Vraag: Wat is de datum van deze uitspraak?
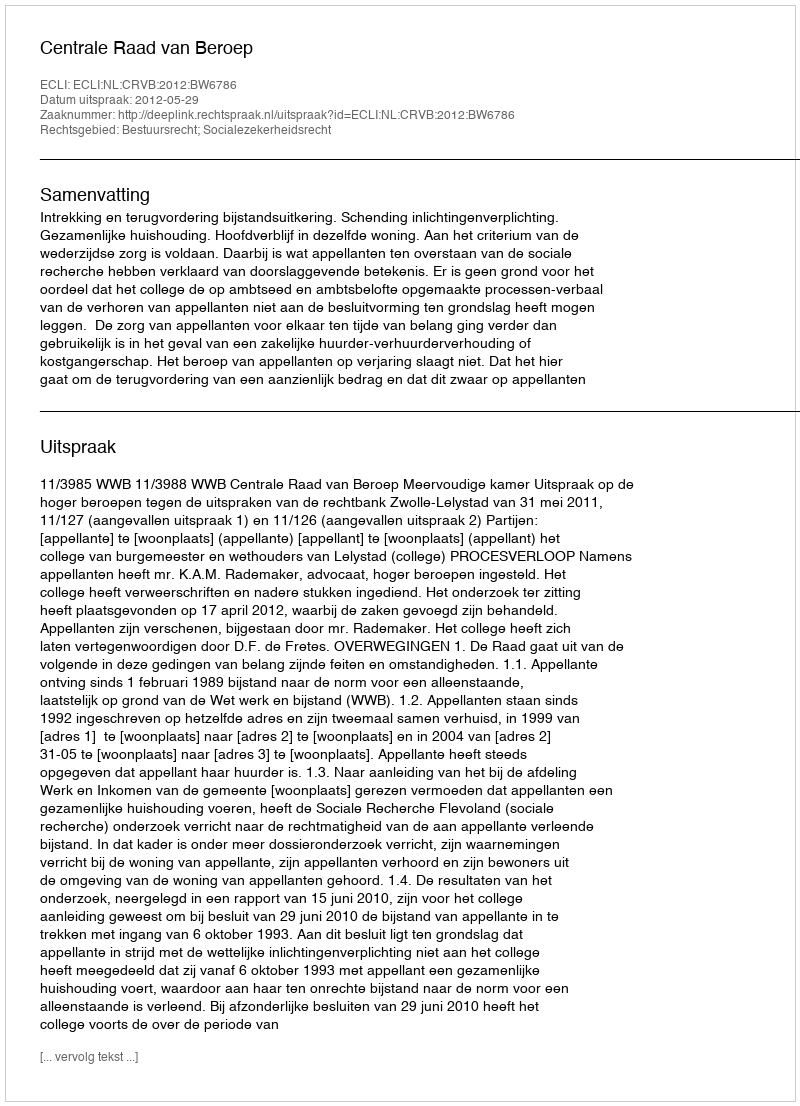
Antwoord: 2012-05-29